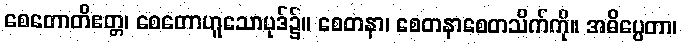
စေတောတိဧတ္တ၊ စေတောဟူသောပုဒ်၌။ စေတနာ၊ စေတနာစေတသိက်ကို။ အဓိပ္ပေတာ၊